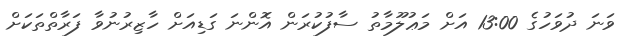
ވަނަ ދުވަހުގެ 13:00 އަށް މަޢުލޫމާތު ސާފުކުރަން އޮންނަ ގަޑިއަށް ހާޒިރުނުވާ ފަރާތްތަކަށް